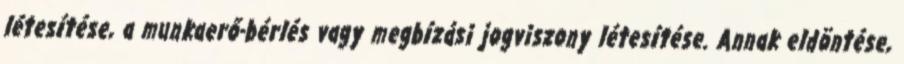
létesítése, a munkaerő-bérlés vagy megbízási jogviszony létesítése. Annak eldöntése,